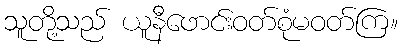
သူတို့သည် ယူနီဖောင်းဝတ်စုံမဝတ်ကြ။